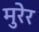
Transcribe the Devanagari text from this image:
मुरेर